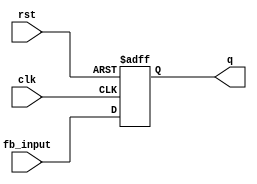
module FeedbackRegister #(
    parameter WIDTH = 4  // Parameter to define the width of the register
)(
    input wire clk,            // Clock signal
    input wire rst,            // Asynchronous reset signal
    input wire [WIDTH-1:0] fb_input,  // Feedback input signal
    output reg [WIDTH-1:0] q   // Output signal
);

    // Always block triggered on the rising edge of the clock or when reset is asserted
    always @(posedge clk or posedge rst) begin
        if (rst) begin
            // Reset the register to zero or a predefined value
            q <= {WIDTH{1'b0}};  // Reset to zero
        end else begin
            // Update the register with the feedback input
            q <= fb_input;  // Update q with fb_input
        end
    end

endmodule